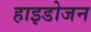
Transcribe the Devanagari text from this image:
हाइडोजन